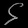
Digit: ၄